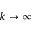
k \to \infty